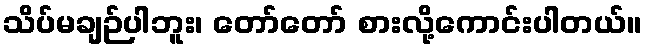
သိပ်မချဉ်ပါဘူး၊ တော်တော် စားလို့ကောင်းပါတယ်။